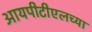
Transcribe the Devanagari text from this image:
आयपीटीएलच्या